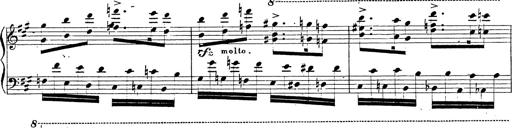
Title: Chanson bohÃ©mienne
Composer: Franz Liszt